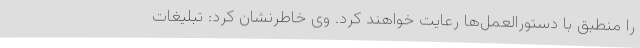
را منطبق با دستورالعمل‌ها رعایت خواهند کرد. وی خاطرنشان کرد: تبلیغات